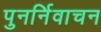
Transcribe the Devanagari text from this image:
पुनर्निवाचन